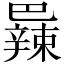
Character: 𫶼